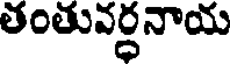
తంతువర్ధనాయ